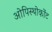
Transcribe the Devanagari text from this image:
ओपिस्थोकोंट